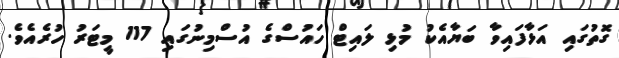
ގޮތުގައި އަޅާފައިވާ ބަޔާއެކު މުޅި ލައިޓް ހައުސްގެ އުސްމިނުގައި 117 މީޓަރު ހުރެއެވެ.